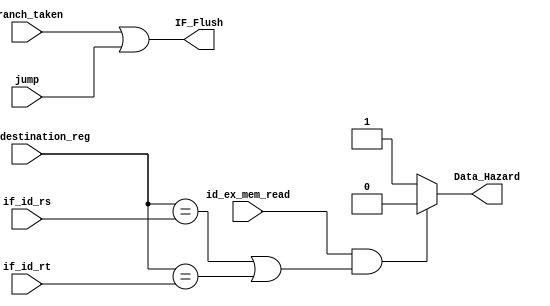
`timescale 1ns / 1ps
//////////////////////////////////////////////////////////////////////////////////
// Company: 
// Engineer: 
// 
// Design Name: 
// Module Name: Hazard_detection
// Project Name: 
// Target Devices: 
// Tool Versions: 
// Description: 
// 
// Dependencies: 
// 
// Revision:
// Revision 0.01 - File Created
// Additional Comments:
// 
//////////////////////////////////////////////////////////////////////////////////

module Hazard_detection(
    input id_ex_mem_read,
    input [4:0] id_ex_destination_reg,
    input [4:0] if_id_rs, if_id_rt,
    input branch_taken, jump,
    output reg Data_Hazard,
    output reg IF_Flush
    );
    
    always @(*)
    begin
        if((id_ex_mem_read == 1'b1) &
           ((id_ex_destination_reg == if_id_rs) | (id_ex_destination_reg == if_id_rt)) )
           Data_Hazard = 1'b0;
        else
            Data_Hazard = 1'b1;
        
        IF_Flush = branch_taken | jump;
    end
endmodule